Report on vaccination in the Province of Bengal - 1869-1873
Year: 1869
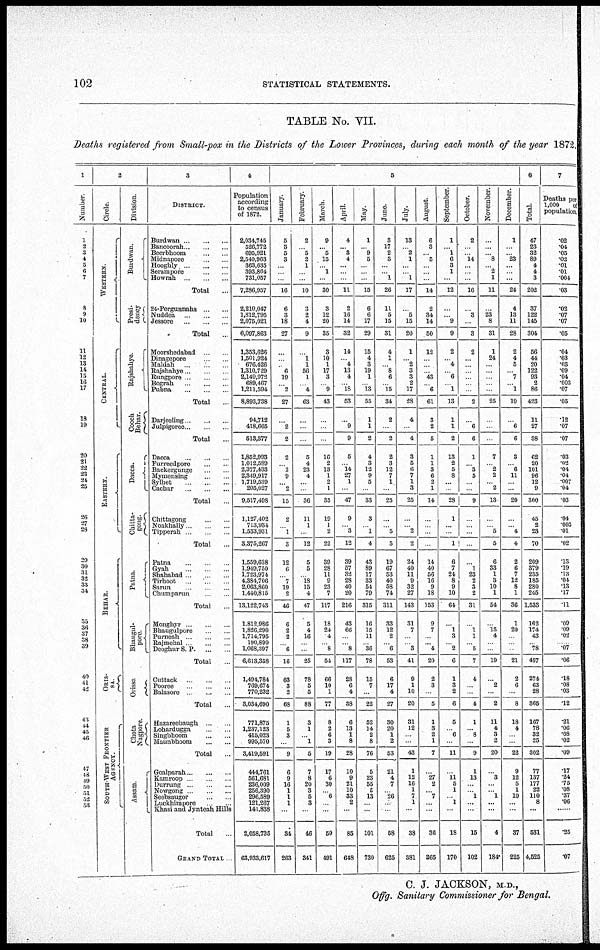
102
STATISTICAL STATEMENTS.
TABLE No. VII.
Deaths registered from Small-pox in the Districts of the Lower Provinces, during each month of the year 1872
1
Number.
1
2 3 4
5
6
7
8
9
10
11
12
13
14
15
16
17
18
19
20
21 22
23
24 25
26
27
28
29
30
31
32
33
34
35
36
37
38
39
40
41 42
43
44
45
46
47
48
49 50
51
52
53
2
Circle.
WESTERN.
CENTRAL.
EASTERN.
BEHAR.
ORIS¬
SA.
SOUTH-WEST FRONTIER
AGENCY.
Division.
Burdwan.
Presi-
dency
Rajshahye.
Cooch
Behar.
Dacca.
Chitta¬
gong.
Palna.
Bhaugul¬
pore
Orissa
Chota
Nagpore.
Assam
3
DISTRICT.
Burdwan
...
...
...
Bancoorah ... ... ...
Beerbhoom ... ... ...
Midnapore ... ... ...
Hooghly
...
...
...
Serampore ... ... ...
Howrah ... ... ...
Total ...
24-Pergunnahs ... ...
Nuddea ... ...
Jessoro ... ... ...
Total ...
Moorshedabad ... ...
Dinagepore ... ... ...
Maldah ... ... ...
Rajshahye ... ... ...
Rungpore ... ... ...
Bograh
...
...
...
Pubna ... ... ...
Total ...
Darjeeling ... ... ...
Julpigoree ... ... ...
Total ...
Dacca ... ... ...
Purreedporo ... ... ...
Backergunge ... ... ...
Mymensing ... ... ...
Sylhet ... ... ... ...
Cachar ... ... ... ...
Total ...
Chittagong ... ... ...
Noakhally ... ... ...
Tipperah ... ... ...
Total ...
Patna ... ... ... ...
Gyah ... ... ... ...
Shahabad ... ... ...
Tirhoot ... ... ... ...
Sarun
Chumparun
Total
Monghyr ... ... ... ...
Bhaugulpore ... ... ... ...
Purneah ... ... ... ...
Rajmehal ... ... ... ...
Deoghur S. P. ...
Total ...
Cuttack ... ... ... ...
Pooree ... ... ... ...
Balasore ... ... ... ...
Total ...
Hazareebaugh ... ... ... ...
Lohardugga ... ... ... ...
Singbhoom ... ... ... ...
Maunbhoom ... ... ... ...
Total ...
Goalparah ... ... ...
Kamroop ... ... ...
Durrung ... ... ... ...
Nowgong ... ... ... ...
Seebsaugor ... ... ... ...
Luckhimpore ... ... ...
Khasi and Jynteah Hills
Total ...
GRAND TOTAL ...
4
Population
according
to census
of 1872.
2,034,745
526,772
695,921
2,540,963
363,635
393,864
731,057
7,286,957
2,210,047
1,812,795
2,075,021
6,097,863
1,353,626
1,501,924
676,426
1,310,729
2,149,972
689,467
1,211,594
8,893,738
94,712
418,665
513,377
1,852,993
1,012,589
2,377,433
2,349,917
1,719,539
205,027
9,517,498
1,127,402
713,934
1,533,931
3,375,267
1,559,638
1,949,750
1,723,974
4,384,706
2,063,860
1,440,815
13,122,743
1,812,986
1,826,290
1,714,795
190,890
1,068,397
6,613,358
1,494,784
769,674
770,232
3,034,690
771,875
1,237,123
415,023
995,570
3,419,591
444,761
561,681
236,009
256,390
296,589
121,267
141,838
2,058,735
63,933,617
5
January.
5
3
5
3
...
...
...
16
6
3
18
27
...
...
...
6
19
...
2
27
...
2
2
2
...
2
9
...
2
15
2
...
1
3
12
6
...
7
19
2
46
6
2
2
...
6
16
63
3
2
68
1
5
3
...
9
6
9
16
1
1
1
...
34
263
February.
2
...
5
2
1
...
...
10
3
2
4
9
...
1
1
56
1
...
4
63
...
...
...
5
4
23
4
...
...
36
11
1
...
12
5
5
...
18
15
4
47
5
4
16
...
...
25
78
5
5
88
3
1
...
1
5
7
8
20
3
5
3
...
46
341
March.
9
...
5
15
...
1
...
30
3
12
20
35
3
10
1
17
3
...
9
43
...
...
...
16
2
13
1
2
1
35
19
1
2
22
39
28
11
9
23
7
117
18
24
4
...
8
54
66
10
1
77
8
2
6
3
19
17
6
30
...
6
...
...
59
491
April.
4
...
3
4
...
...
...
11
2
16
14
32
14
...
4
13
4
...
18
53
...
9
9
5
...
14
27
1
...
47
9
...
3
12
39
57
32
28
40
20
216
43
66
...
...
8
117
28
6
4
38
6
13
1
8
28
10
9
21
10
33
2
...
85
648
May.
1
...
9
5
...
...
...
15
6
6
17
29
15
4
3
19
1
...
13
55
1
1
2
4
3
12
9
5
...
33
3
...
1
4
43
89
17
33
54
79
315
16
15
11
...
36
78
15
7
...
22
52
14
2
8
76
5
23
55
5
13
...
...
101
730
June.
3
17
2
3
...
...
1
26
11
5
15
31
4
1
...
8
6
...
15
34
2
...
2
2
3
12
7
1
...
25
...
...
5
5
19
67
53
40
58
74
311
33
12
2
...
6
53
6
17
4
27
30
20
1
2
53
21
4
7
...
26
...
...
58
625
July.
13
...
2
1
...
...
1
17
...
5
15
20
1
...
2
3
3
2
17
28
4
...
4
3
5
6
7
1
3
25
...
...
2
2
24
40
11
9
32
27
143
31
7
...
...
3
41
9
1
10
20
31
12
...
...
43
1
12
16
1
7
1
...
38
381
August.
6
3
...
5
...
...
...
14
2
34
14
50
12
...
...
...
43
...
6
61
3
2
5
1
1
3
6
2
1
14
...
...
...
...
14
40
56
16
9
18
153
9
7
...
... 4
20
2
3
...
5
1
3
2
1
7
...
27
2
...
7
...
...
36
365
September.
1
...
1
6
3
1
...
12
...
...
9
9
2
...
4
...
6
...
1
13
1
1
2
13
2
5
8
...
...
28
1
...
...
1
6
7
24
8
9
10
64
...
1
3
...
2
6
1
3
2
6
5
...
6
...
11
...
11
5
1
...
1
...
18
170
October.
2
...
...
14
...
...
...
16
...
3
...
3
2
...
...
...
...
...
...
2
...
6
6
1
...
3
5
...
...
9
...
...
...
...
...
1
23
2
3
2
31
...
1
1
...
5
7
4
...
...
4
1
... 8
...
9
1
13
...
...
1
...
...
15
102
November.
...
...
...
8
...
2
1
11
...
23
8
31
1
24
...
...
...
...
...
25
...
...
...
7
...
2
2
...
2
13
...
...
5
5
6
33
1
3
10
1
54
...
15
4
...
...
19
...
2
...
2
11
4
3
2
20
...
3
...
...
1
...
...
4
184
December.
1
...
...
23
...
...
...
24
4
13
11
28
2
4
5
...
7
...
1
19
...
6
6
3
...
6
11
...
...
20
...
...
4
4
2
6
7
12
8
1
36
1
20
...
...
...
21
2
6
...
8
18
4
...
...
22
9
12
5
1
10
...
...
37
225
6
Total.
47
23
32
89
4
4
3
202
37
122
145
304
56
44
20
122
93
2
86
423
11
27
38
62
20
101
96
12
9
300
45
2
23
70
209
379
235
185
280
245
1,533
162
174
43
...
78
457
274
63
28
365
167
78
32
25
302
77
137
177
22
110
8
...
531
4,525
7
Deaths per
1,000
of
population.
.02
.04
.05
.02
.01
.01
.004
.03
.02
.07
.07
.05
.04
.03
.03
.09
.04
.003
.07
.05
.12
.07
.07
.03
.02
.04
.04
.007
.04
.03
.04
.003
.01
.02
.13
.19
.13
.04
.13
.17
.11
.09
.09
.02
...... .07
.06
.18
.08
.03
.12
.21
.06
.08
.02
.09
.17
.24
.75
.08
.37
.06
......
.25
.07
C. J. JACKSON, M.D.,
Offg. Sanitary Commissioner for Bengal.